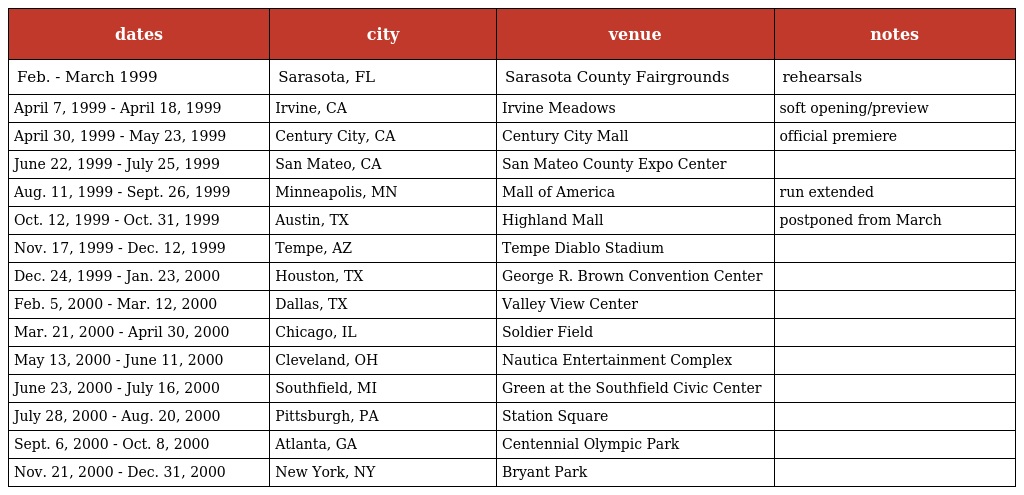
| dates | city | venue | notes |
 | --- | --- | --- | --- |
 | Feb. - March 1999 | Sarasota, FL | Sarasota County Fairgrounds | rehearsals |
 | April 7, 1999 - April 18, 1999 | Irvine, CA | Irvine Meadows | soft opening/preview |
 | April 30, 1999 - May 23, 1999 | Century City, CA | Century City Mall | official premiere |
 | June 22, 1999 - July 25, 1999 | San Mateo, CA | San Mateo County Expo Center |  |
 | Aug. 11, 1999 - Sept. 26, 1999 | Minneapolis, MN | Mall of America | run extended |
 | Oct. 12, 1999 - Oct. 31, 1999 | Austin, TX | Highland Mall | postponed from March |
 | Nov. 17, 1999 - Dec. 12, 1999 | Tempe, AZ | Tempe Diablo Stadium |  |
 | Dec. 24, 1999 - Jan. 23, 2000 | Houston, TX | George R. Brown Convention Center |  |
 | Feb. 5, 2000 - Mar. 12, 2000 | Dallas, TX | Valley View Center |  |
 | Mar. 21, 2000 - April 30, 2000 | Chicago, IL | Soldier Field |  |
 | May 13, 2000 - June 11, 2000 | Cleveland, OH | Nautica Entertainment Complex |  |
 | June 23, 2000 - July 16, 2000 | Southfield, MI | Green at the Southfield Civic Center |  |
 | July 28, 2000 - Aug. 20, 2000 | Pittsburgh, PA | Station Square |  |
 | Sept. 6, 2000 - Oct. 8, 2000 | Atlanta, GA | Centennial Olympic Park |  |
 | Nov. 21, 2000 - Dec. 31, 2000 | New York, NY | Bryant Park |  |